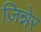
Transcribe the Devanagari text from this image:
ज़िन्नेर